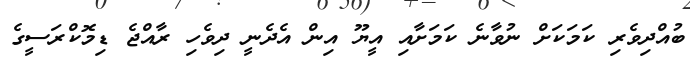
ބުއްދިވެރި ކަމަކަށް ނުވާނެ ކަމަށާއި އީޔޫ އިން އެދެނީ ދިވެހި ރާއްޖެ ޑިމޮކްރަސީގެ